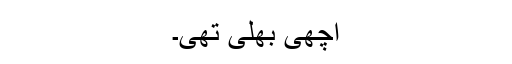
اچھی بھلی تھی۔